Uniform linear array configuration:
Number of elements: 32
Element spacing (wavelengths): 1
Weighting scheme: binomial
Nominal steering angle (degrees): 30
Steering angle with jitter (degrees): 28.943
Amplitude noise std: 0.05
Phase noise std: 0.05

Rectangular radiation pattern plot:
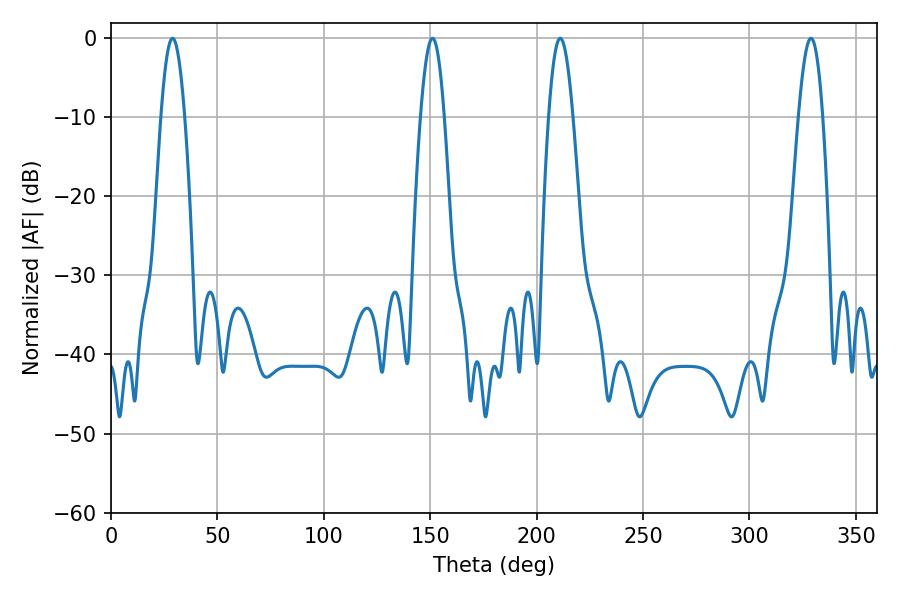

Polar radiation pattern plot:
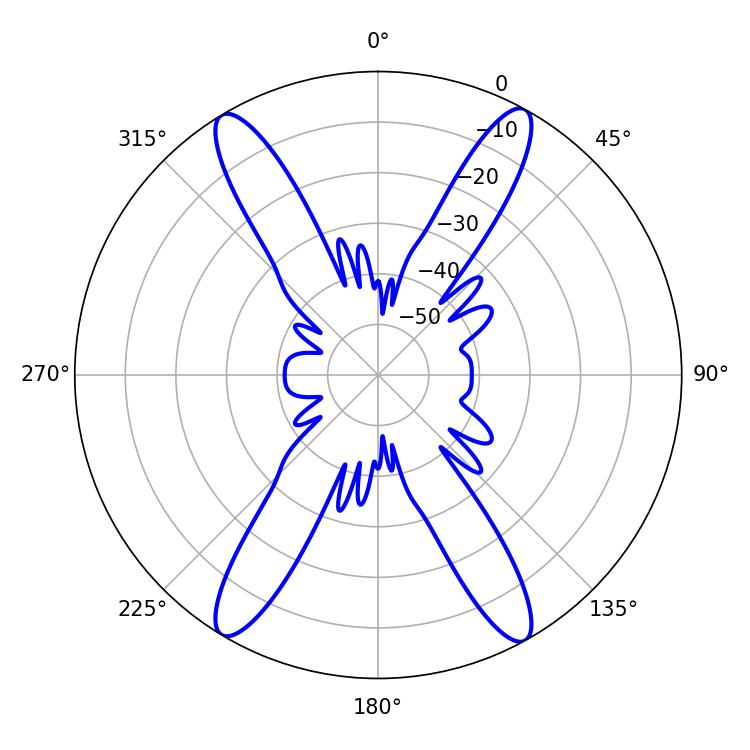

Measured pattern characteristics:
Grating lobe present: TRUE
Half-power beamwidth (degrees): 6.12
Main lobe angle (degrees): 328.86